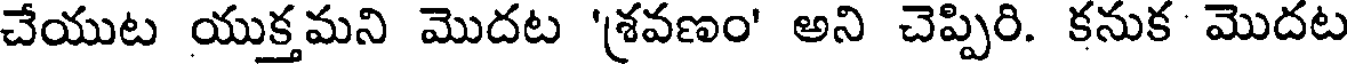
చేయుట యుక్తమని మొదట 'శవణం' అని చెప్పిరి. కనుక మొదట